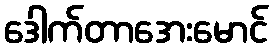
ဒေါက်တာအေးမောင်